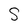
Character: S